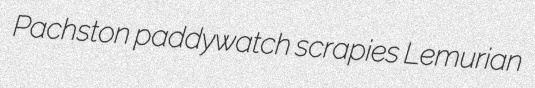
Pachston paddywatch scrapies Lemurian